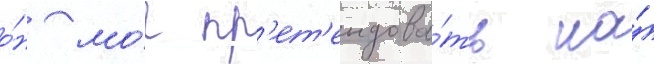
о́н мо́г пр'ет'ендова́ть на́